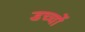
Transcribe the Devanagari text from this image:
डच्चों